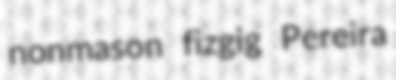
nonmason fizgig Pereira